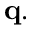
\mathbf { q } .